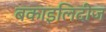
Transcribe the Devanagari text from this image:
बकाइलिदीज